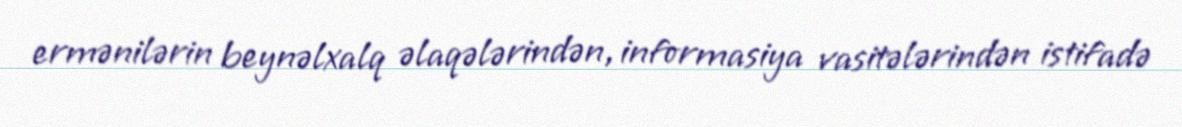
ermənilərin beynəlxalq əlaqələrindən, informasiya vasitələrindən istifadə